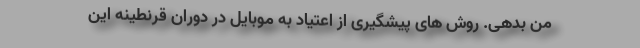
من بدهی. روش های پیشگیری از اعتیاد به موبایل در دوران قرنطینه این